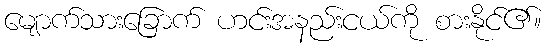
မျောက်သားခြောက် ဟင်းအနည်းငယ်ကို စားနိုင်၏။